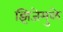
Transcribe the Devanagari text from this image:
झिजेमुळे